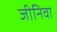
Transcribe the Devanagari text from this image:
जीनिवा